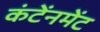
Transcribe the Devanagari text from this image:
कंटेंनमेंट